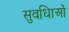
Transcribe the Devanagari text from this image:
सुवधिाओं